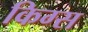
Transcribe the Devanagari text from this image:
किग्स